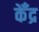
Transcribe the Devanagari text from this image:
केँद्र